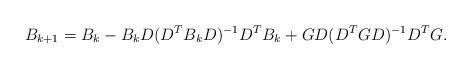
LaTeX: \begin{align*}B_{k+1} = B_k - B_kD(D^TB_kD)^{-1}D^TB_k + G D(D^TGD)^{-1}D^TG.\end{align*}